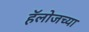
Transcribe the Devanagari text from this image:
हॅलोजच्या